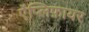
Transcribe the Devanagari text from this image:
ऐंप्लिफ़ायर